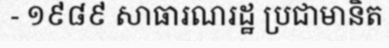
- ១៩៨៩ សាធារណរដ្ឋ ប្រជាមានិត